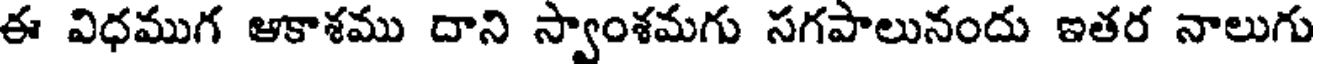
ఈ విధముగ ఆకాశము దాని స్వాంశమగు సగపాలునందు ఇతర నాలుగు